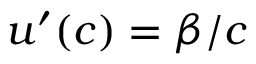
u ^ { \prime } ( c ) = \beta / c